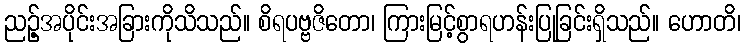
ညဉ့်အပိုင်းအခြားကိုသိသည်။ စိရပဗ္ဗဇိတော၊ ကြားမြင့်စွာရဟန်းပြုခြင်းရှိသည်။ ဟောတိ၊